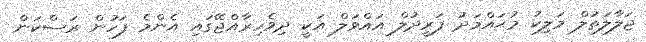
ޖަލާލަތުލް މަލިކު މުޙައްމަދު ފަރީދުލް އައްވަލް އަކީ ދިވެހިރާއްޖޭގައި އެންމެ ފަހުން ރަސްކަން